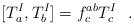
\begin{align*}[ T^{I}_{a} , T^{I}_{b} ] = f^{ab}_{c} T^{I}_{c}\ \ . \end{align*}